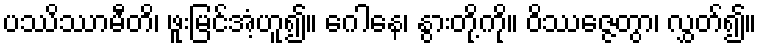
ပဿိဿာမီတိ၊ ဖူးမြင်အံ့ဟူ၍။ ဂေါနေ၊ နွားတို့ကို။ ဝိဿဇ္ဇေတွာ၊ လွှတ်၍။